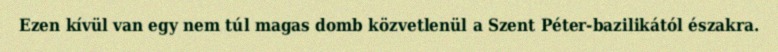
Ezen kívül van egy nem túl magas domb közvetlenül a Szent Péter-bazilikától északra.